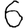
Digit: 6